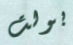
بولت